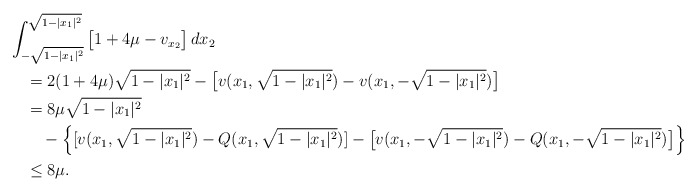
\begin{align*}&\int_{-\sqrt{1-|x_1|^2}}^{\sqrt{1-|x_1|^2}}\big[1+4\mu -v_{x_2}\big]\,dx_2\\&\quad= 2(1+4\mu)\sqrt{1-|x_1|^2}-\big[v(x_1,\sqrt{1-|x_1|^2})-v(x_1,-\sqrt{1-|x_1|^2})\big]\\&\quad=8\mu \sqrt{1-|x_1|^2}\\&\quad\quad- \Big\{[v (x_1,\sqrt{1-|x_1|^2})-Q(x_1,\sqrt{1-|x_1|^2})]-\big[v(x_1,-\sqrt{1-|x_1|^2})- Q(x_1,-\sqrt{1-|x_1|^2})\big] \Big\}\\&\quad\le 8\mu.\end{align*}